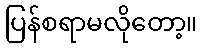
ပြန်စရာမလိုတော့။